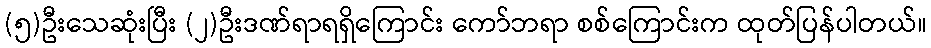
(၅)ဦးသေဆုံးပြီး (၂)ဦးဒဏ်ရာရရှိကြောင်း ကော်ဘရာ စစ်ကြောင်းက ထုတ်ပြန်ပါတယ်။